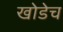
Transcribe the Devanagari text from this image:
खोडेच